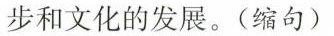
步和文化的发展。(缩句)